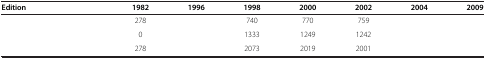
<table><thead><tr><td><b>Edition</b></td><td><b>1982</b></td><td><b>1996</b></td><td><b>1998</b></td><td><b>2000</b></td><td><b>2002</b></td><td><b>2004</b></td><td><b>2009</b></td></tr></thead><tbody><tr><td>[EMPTY_CELL]</td><td>278</td><td>[EMPTY_CELL]</td><td>740</td><td>770</td><td>759</td><td>[EMPTY_CELL]</td><td>[EMPTY_CELL]</td></tr><tr><td>[EMPTY_CELL]</td><td>0</td><td>[EMPTY_CELL]</td><td>1333</td><td>1249</td><td>1242</td><td>[EMPTY_CELL]</td><td>[EMPTY_CELL]</td></tr><tr><td>[EMPTY_CELL]</td><td>278</td><td>[EMPTY_CELL]</td><td>2073</td><td>2019</td><td>2001</td><td>[EMPTY_CELL]</td><td>[EMPTY_CELL]</td></tr></tbody></table>